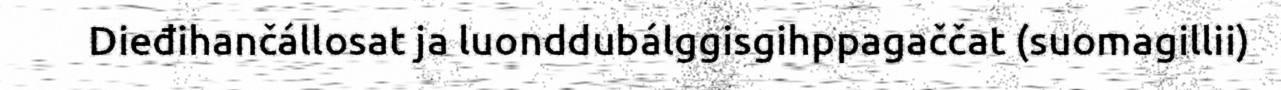
Dieđihančállosat ja luonddubálggisgihppagaččat (suomagillii)